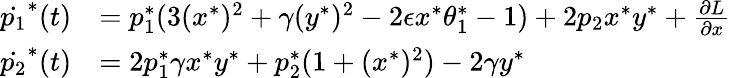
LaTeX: \begin{array}{rl}{\dot{p_{1}}^{*}(t)}&{=p_{1}^{*}(3(x^{*})^{2}+\gamma(y^{*})^{2}-2\epsilon x^{*}\theta_{1}^{*}-1)+2p_{2}x^{*}y^{*}+\frac{\partial{L}}{\partial{x}}}\\ {\dot{p_{2}}^{*}(t)}&{=2p_{1}^{*}\gamma x^{*}y^{*}+p_{2}^{*}(1+(x^{*})^{2})-2\gamma y^{*}}\end{array}